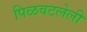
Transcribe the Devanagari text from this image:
पिळवटलेली